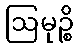
ဩမုဉ္စိ